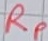
Text: RP